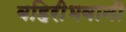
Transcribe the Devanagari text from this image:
बहिरीभवानी